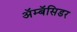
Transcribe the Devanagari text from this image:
अॅम्बॅसिडर